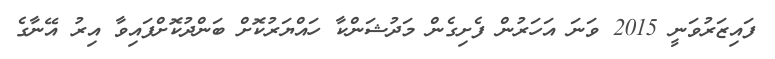
ފައިޒަރުވަނީ 2015 ވަނަ އަހަރުން ފެށިގެން މަދުޝަންކާ ހައްޔަރުކޮށް ބަންދުކޮށްފައިވާ އިރު އޭނާގެ